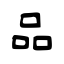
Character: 品